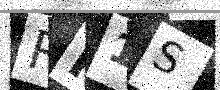
Text: RM1S